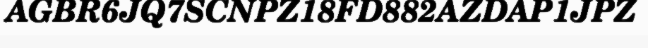
AGBR6JQ7SCNPZ18FD882AZDAP1JPZ